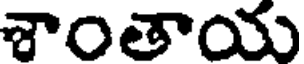
శాంతాయ